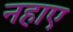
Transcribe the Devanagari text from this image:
नहाए